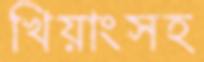
খিয়াংসহ